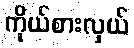
ကိုယ်စားလှယ်